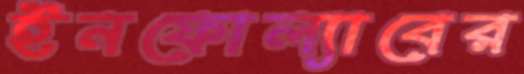
ইনফোল্যাবের